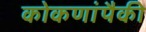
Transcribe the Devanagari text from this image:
कोकणांपैकी